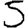
Digit: 5